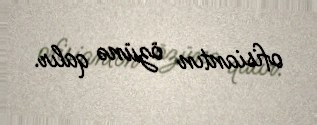
ofisiantın özünə qalır.